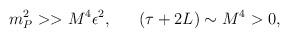
LaTeX: \begin{align*}m^2_P >> M^4\epsilon^2, ~~~~~(\tau + 2L) \sim M^4 > 0,\end{align*}